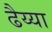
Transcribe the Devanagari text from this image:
ढैय्या